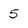
Character: 5